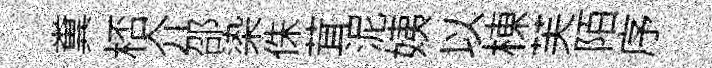
糞桮介邵𣑱侏茸泥姨以棟芙陌序